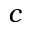
c